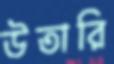
উতারি